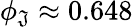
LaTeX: \phi_{\mathfrak{J}}\approx0.648